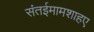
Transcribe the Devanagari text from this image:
संतईमामशाहए